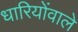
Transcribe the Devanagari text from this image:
धारियोंवाले